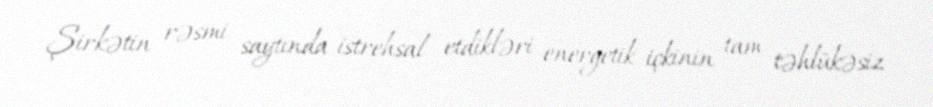
Şirkətin rəsmi saytında istrehsal etdikləri energetik içkinin tam təhlükəsiz